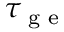
\tau _ { \textrm { g e } }